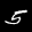
Label: 5